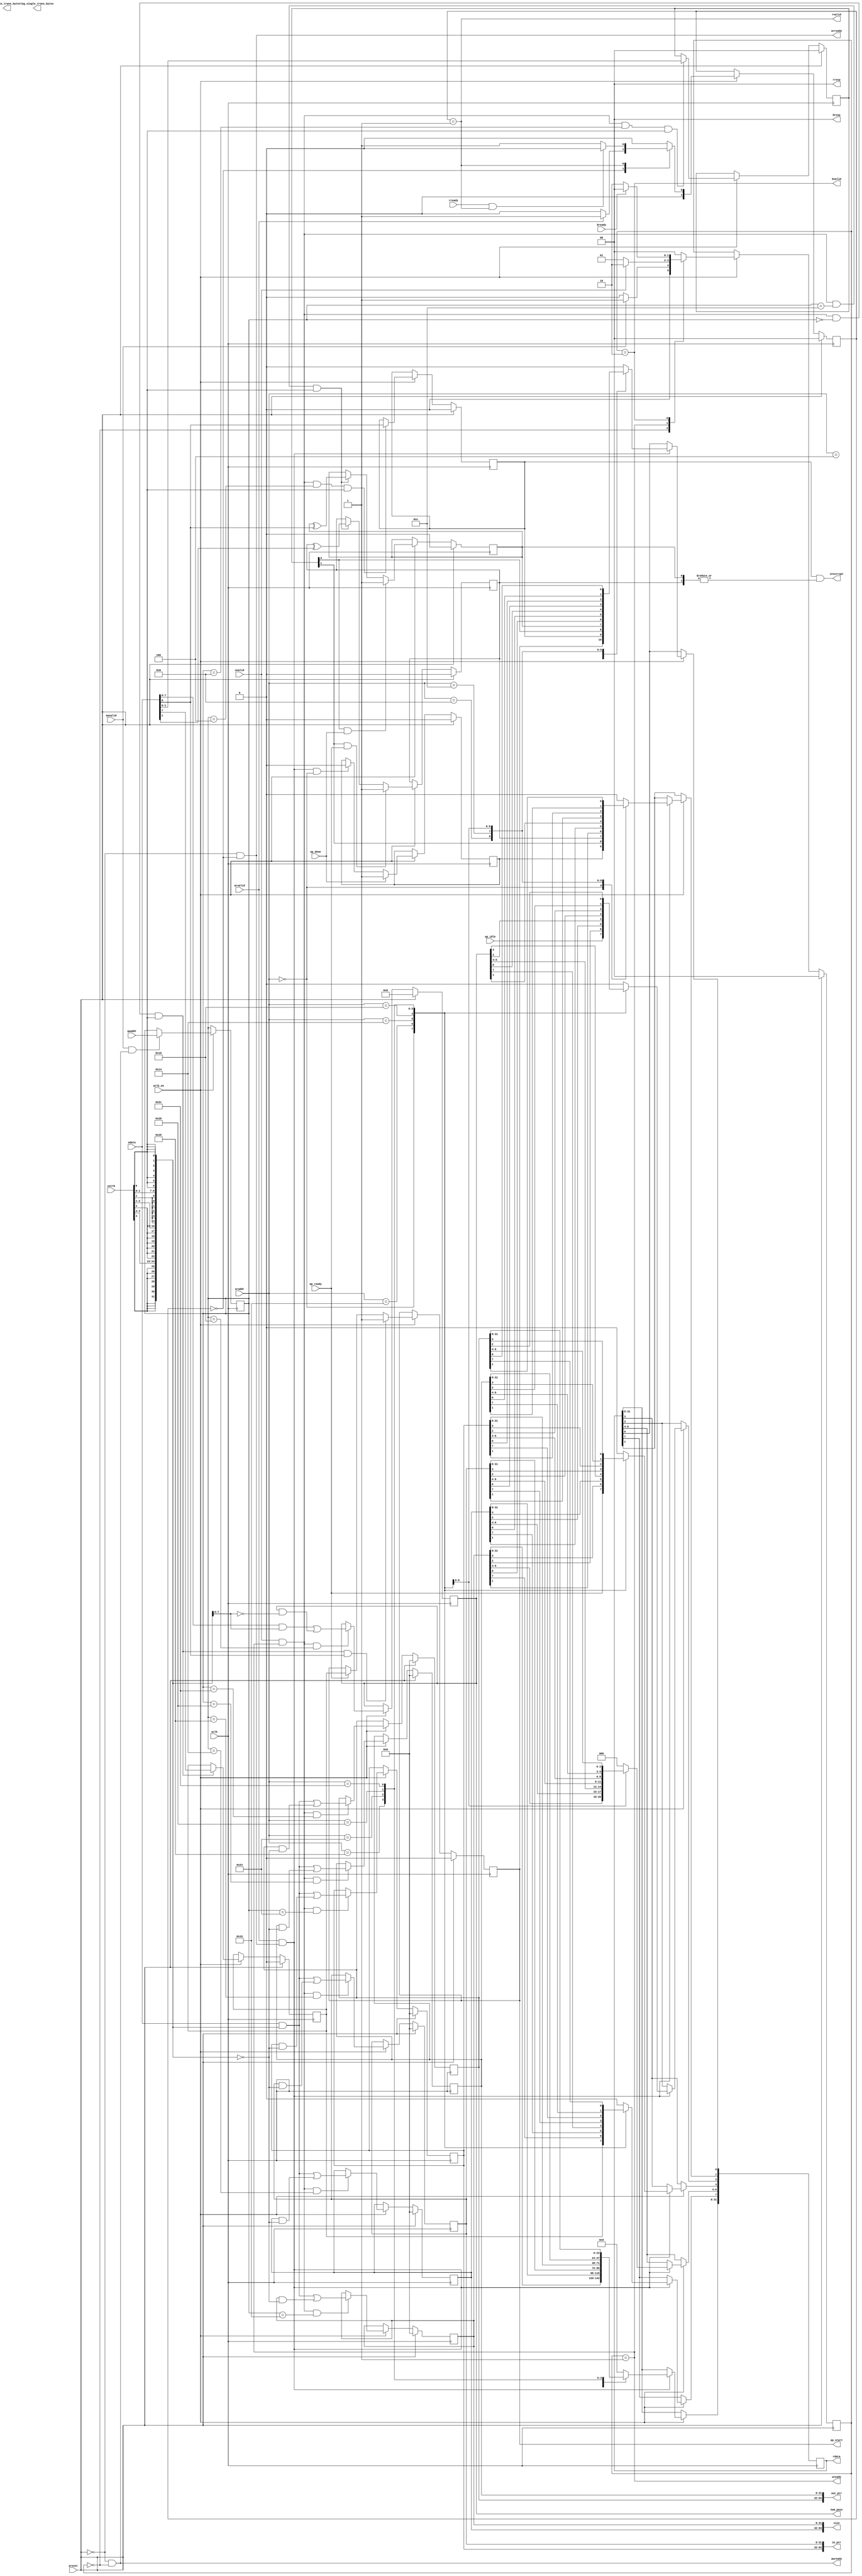
// This is a generated file. Use and modify at your own risk.
////////////////////////////////////////////////////////////////////////////////

// default_nettype of none prevents implicit wire declaration.
`default_nettype none
`timescale 1ns/1ps
module merger_tree_p8_l8_i16_control_s_axi #(
  parameter integer C_S_AXI_ADDR_WIDTH = 6,
  parameter integer C_S_AXI_DATA_WIDTH = 32
)
(
  // AXI4-Lite slave signals
  input  wire                            aclk                  ,
  input  wire                            areset                ,
  input  wire                            aclk_en               ,

  input  wire                            awvalid               ,
  output wire                            awready               ,
  input  wire [C_S_AXI_ADDR_WIDTH-1:0]   awaddr                ,
  input  wire                            wvalid                ,
  output wire                            wready                ,
  input  wire [C_S_AXI_DATA_WIDTH-1:0]   wdata                 ,
  input  wire [C_S_AXI_DATA_WIDTH/8-1:0] wstrb                 ,
  input  wire                            arvalid               ,
  output wire                            arready               ,
  input  wire [C_S_AXI_ADDR_WIDTH-1:0]   araddr                ,
  output wire                            rvalid                ,
  input  wire                            rready                ,
  output wire [C_S_AXI_DATA_WIDTH-1:0]   rdata                 ,
  output wire [2-1:0]                    rresp                 ,
  output wire                            bvalid                ,
  input  wire                            bready                ,
  output wire [2-1:0]                    bresp                 ,
  output wire                            interrupt             ,
  
  // User control signals
  output wire                            ap_start              ,
  input  wire                            ap_idle               ,
  input  wire                            ap_done               ,
  input  wire                            ap_ready              ,
  // User defined arguments
  output wire [64-1:0]             size                  ,
  output wire [8-1:0]              num_pass              ,
  output wire [64-1:0]             single_trans_bytes    ,
  output wire [32-1:0]             log_single_trans_bytes,
  output wire [64-1:0]             in_ptr                ,
  output wire [64-1:0]             out_ptr               
);

//------------------------Address Info-------------------
// 0x000 : Control signals
//         bit 0  - ap_start (Read/Write/COH)
//         bit 1  - ap_done (Read/COR)
//         bit 2  - ap_idle (Read)
//         bit 3  - ap_ready (Read)
//         bit 7  - auto_restart (Read/Write)
//         others - reserved
// 0x004 : Global Interrupt Enable Register
//         bit 0  - Global Interrupt Enable (Read/Write)
//         others - reserved
// 0x008 : IP Interrupt Enable Register (Read/Write)
//         bit 0  - Channel 0 (ap_done)
//         bit 1  - Channel 1 (ap_ready)
//         others - reserved
// 0x00c : IP Interrupt Status Register (Read/TOW)
//         bit 0  - Channel 0 (ap_done)
//         bit 1  - Channel 1 (ap_ready)
//         others - reserved
// 0x010 : Data signal of size
//         bit 31~0 - size[31:0] (Read/Write)
// 0x014 : Data signal of size
//         bit 31~0 - size[63:32] (Read/Write)
// 0x018 : Data signal of num_pass
//         bit 07~0 - num_pass[7:0] (Read/Write)
// 0x01c : reserved
// 0x020 : Data signal of in_ptr
//         bit 31~0 - in_ptr[31:0] (Read/Write)
// 0x024 : Data signal of in_ptr
//         bit 31~0 - in_ptr[63:32] (Read/Write)
// 0x028 : Data signal of out_ptr
//         bit 31~0 - out_ptr[31:0] (Read/Write)
// 0x02c : Data signal of out_ptr
//         bit 31~0 - out_ptr[63:32] (Read/Write)
// (SC = Self Clear, COR = Clear on Read, TOW = Toggle on Write, COH = Clear on Handshake)

///////////////////////////////////////////////////////////////////////////////
// Local Parameters
///////////////////////////////////////////////////////////////////////////////
localparam [C_S_AXI_ADDR_WIDTH-1:0]       LP_ADDR_AP_CTRL                = 6'h00;
localparam [C_S_AXI_ADDR_WIDTH-1:0]       LP_ADDR_GIE                    = 6'h04;
localparam [C_S_AXI_ADDR_WIDTH-1:0]       LP_ADDR_IER                    = 6'h08;
localparam [C_S_AXI_ADDR_WIDTH-1:0]       LP_ADDR_ISR                    = 6'h0c;
localparam [C_S_AXI_ADDR_WIDTH-1:0]       LP_ADDR_SIZE_0                 = 6'h10;
localparam [C_S_AXI_ADDR_WIDTH-1:0]       LP_ADDR_SIZE_1                 = 6'h14;
localparam [C_S_AXI_ADDR_WIDTH-1:0]       LP_ADDR_NUM_PASS_0             = 6'h18;
localparam [C_S_AXI_ADDR_WIDTH-1:0]       LP_ADDR_in_ptr_0               = 6'h20;
localparam [C_S_AXI_ADDR_WIDTH-1:0]       LP_ADDR_in_ptr_1               = 6'h24;
localparam [C_S_AXI_ADDR_WIDTH-1:0]       LP_ADDR_out_ptr_0              = 6'h28;
localparam [C_S_AXI_ADDR_WIDTH-1:0]       LP_ADDR_out_ptr_1              = 6'h2c;
localparam integer                  LP_SM_WIDTH                    = 2;
localparam [LP_SM_WIDTH-1:0]        SM_WRIDLE                      = 2'd0;
localparam [LP_SM_WIDTH-1:0]        SM_WRDATA                      = 2'd1;
localparam [LP_SM_WIDTH-1:0]        SM_WRRESP                      = 2'd2;
localparam [LP_SM_WIDTH-1:0]        SM_RDIDLE                      = 2'd0;
localparam [LP_SM_WIDTH-1:0]        SM_RDDATA                      = 2'd1;

///////////////////////////////////////////////////////////////////////////////
// Wires and Variables
///////////////////////////////////////////////////////////////////////////////
reg  [LP_SM_WIDTH-1:0]              wstate                         = SM_WRIDLE;
reg  [LP_SM_WIDTH-1:0]              wnext                         ;
reg  [C_S_AXI_ADDR_WIDTH-1:0]       waddr                         ;
wire [C_S_AXI_DATA_WIDTH-1:0]       wmask                         ;
wire                                aw_hs                         ;
wire                                w_hs                          ;
reg  [LP_SM_WIDTH-1:0]              rstate                         = SM_RDIDLE;
reg  [LP_SM_WIDTH-1:0]              rnext                         ;
reg  [C_S_AXI_DATA_WIDTH-1:0]       rdata_r                       ;
wire                                ar_hs                         ;
wire [C_S_AXI_ADDR_WIDTH-1:0]       raddr                         ;
// internal registers
wire                                int_ap_idle                   ;
wire                                int_ap_ready                  ;
reg                                 int_ap_done                    = 1'b0;
reg                                 int_ap_start                   = 1'b0;
reg                                 int_auto_restart               = 1'b0;
reg                                 int_gie                        = 1'b0;
reg [1:0]                           int_ier                        = 2'b0;
reg [1:0]                           int_isr                        = 2'b0;

reg  [64-1:0]                       int_size                       = 64'd0;
reg  [8-1:0]                        int_num_pass                   = 8'd0;
reg  [64-1:0]                       int_in_ptr                     = 64'd0;
reg  [64-1:0]                       int_out_ptr                    = 64'd0;

///////////////////////////////////////////////////////////////////////////////
// Begin RTL
///////////////////////////////////////////////////////////////////////////////

//------------------------AXI write fsm------------------
assign awready = (~areset) & (wstate == SM_WRIDLE);
assign wready  = (wstate == SM_WRDATA);
assign bresp   = 2'b00;  // OKAY
assign bvalid  = (wstate == SM_WRRESP);
assign wmask   = { {8{wstrb[3]}}, {8{wstrb[2]}}, {8{wstrb[1]}}, {8{wstrb[0]}} };
assign aw_hs   = awvalid & awready;
assign w_hs    = wvalid & wready;

// wstate
always @(posedge aclk) begin
  if (areset)
    wstate <= SM_WRIDLE;
  else if (aclk_en)
    wstate <= wnext;
end

// wnext
always @(*) begin
  case (wstate)
    SM_WRIDLE:
      if (awvalid)
        wnext = SM_WRDATA;
      else
        wnext = SM_WRIDLE;
    SM_WRDATA:
      if (wvalid)
        wnext = SM_WRRESP;
      else
        wnext = SM_WRDATA;
    SM_WRRESP:
      if (bready)
        wnext = SM_WRIDLE;
      else
        wnext = SM_WRRESP;
    default:
      wnext = SM_WRIDLE;
  endcase
end

// waddr
always @(posedge aclk) begin
  if (aclk_en) begin
    if (aw_hs)
      waddr <= awaddr;
  end
end

//------------------------AXI read fsm-------------------
assign arready = (~areset) & (rstate == SM_RDIDLE);
assign rdata   = rdata_r;
assign rresp   = 2'b00;  // OKAY
assign rvalid  = (rstate == SM_RDDATA);
assign ar_hs   = arvalid & arready;
assign raddr   = araddr;

// rstate
always @(posedge aclk) begin
  if (areset)
    rstate <= SM_RDIDLE;
  else if (aclk_en)
    rstate <= rnext;
end

// rnext
always @(*) begin
  case (rstate)
    SM_RDIDLE:
      if (arvalid)
        rnext = SM_RDDATA;
      else
        rnext = SM_RDIDLE;
    SM_RDDATA:
      if (rready & rvalid)
        rnext = SM_RDIDLE;
      else
        rnext = SM_RDDATA;
    default:
      rnext = SM_RDIDLE;
  endcase
end

// rdata_r
always @(posedge aclk) begin
  if (aclk_en) begin
    if (ar_hs) begin
      rdata_r <= {C_S_AXI_DATA_WIDTH{1'b0}};
      case (raddr)
        LP_ADDR_AP_CTRL: begin
          rdata_r[0] <= int_ap_start;
          rdata_r[1] <= int_ap_done;
          rdata_r[2] <= int_ap_idle;
          rdata_r[3] <= int_ap_ready;
          rdata_r[7] <= int_auto_restart;
        end
        LP_ADDR_GIE: begin
          rdata_r <= int_gie;
        end
        LP_ADDR_IER: begin
          rdata_r <= int_ier;
        end
        LP_ADDR_ISR: begin
          rdata_r <= int_isr;
        end
        LP_ADDR_SIZE_0: begin
          rdata_r <= int_size[0+:32];
        end
        LP_ADDR_SIZE_1: begin
          rdata_r <= int_size[32+:32];
        end
        LP_ADDR_NUM_PASS_0: begin
          rdata_r <= {24'b0, int_num_pass[0+:8]};
        end
        LP_ADDR_in_ptr_0: begin
          rdata_r <= int_in_ptr[0+:32];
        end
        LP_ADDR_in_ptr_1: begin
          rdata_r <= int_in_ptr[32+:32];
        end
        LP_ADDR_out_ptr_0: begin
          rdata_r <= int_out_ptr[0+:32];
        end
        LP_ADDR_out_ptr_1: begin
          rdata_r <= int_out_ptr[32+:32];
        end

        default: begin
          rdata_r <= {C_S_AXI_DATA_WIDTH{1'b0}};
        end
      endcase
    end
  end
end

//------------------------Register logic-----------------
assign interrupt    = int_gie & (|int_isr);
assign ap_start     = int_ap_start;
assign int_ap_idle  = ap_idle;
assign int_ap_ready = ap_ready;
assign size = int_size;
assign num_pass = int_num_pass;
assign in_ptr = int_in_ptr;
assign out_ptr = int_out_ptr;

// int_ap_start
always @(posedge aclk) begin
  if (areset)
    int_ap_start <= 1'b0;
  else if (aclk_en) begin
    if (w_hs && waddr == LP_ADDR_AP_CTRL && wstrb[0] && wdata[0])
      int_ap_start <= 1'b1;
    else if (int_ap_ready)
      int_ap_start <= int_auto_restart; // clear on handshake/auto restart
  end
end

// int_ap_done
always @(posedge aclk) begin
  if (areset)
    int_ap_done <= 1'b0;
  else if (aclk_en) begin
    if (ap_done)
      int_ap_done <= 1'b1;
    else if (ar_hs && raddr == LP_ADDR_AP_CTRL)
      int_ap_done <= 1'b0; // clear on read
  end
end

// int_auto_restart
always @(posedge aclk) begin
    if (areset)
        int_auto_restart <= 1'b0;
    else if (aclk_en) begin
        if (w_hs && waddr == LP_ADDR_AP_CTRL && wstrb[0])
            int_auto_restart <=  wdata[7];
    end
end

// int_gie
always @(posedge aclk) begin
  if (areset)
    int_gie     <= 1'b0;
  else if (aclk_en) begin
    if (w_hs && waddr == LP_ADDR_GIE && wstrb[0])
      int_gie <= wdata[0];
  end
end

// int_ier
always @(posedge aclk) begin
  if (areset)
    int_ier     <= 2'b0;
  else if (aclk_en) begin
    if (w_hs && waddr == LP_ADDR_IER && wstrb[0])
      int_ier <= wdata[1:0];
  end
end

// int_isr[0]
always @(posedge aclk) begin
  if (areset)
    int_isr[0]     <= 1'b0;
  else if (aclk_en) begin
    if (int_ier[0] & ap_done)
      int_isr[0] <= 1'b1;
    else if (w_hs && waddr == LP_ADDR_ISR && wstrb[0])
      int_isr[0] <= int_isr[0] ^ wdata[0]; // toggle on write
  end
end

// int_isr[1]
always @(posedge aclk) begin
  if (areset)
    int_isr[1]     <= 1'b0;
  else if (aclk_en) begin
    if (int_ier[1] & ap_ready)
      int_isr[1] <= 1'b1;
    else if (w_hs && waddr == LP_ADDR_ISR && wstrb[0])
      int_isr[1] <= int_isr[1] ^ wdata[1]; // toggle on write
  end
end


// int_size[32-1:0]
always @(posedge aclk) begin
  if (areset)
    int_size[0+:32] <= 32'd0;
  else if (aclk_en) begin
    if (w_hs && waddr == LP_ADDR_SIZE_0)
      int_size[0+:32] <= (wdata[0+:32] & wmask[0+:32]) | (int_size[0+:32] & ~wmask[0+:32]);
  end
end

// int_size[32-1:0]
always @(posedge aclk) begin
  if (areset)
    int_size[32+:32] <= 32'd0;
  else if (aclk_en) begin
    if (w_hs && waddr == LP_ADDR_SIZE_1)
      int_size[32+:32] <= (wdata[0+:32] & wmask[0+:32]) | (int_size[32+:32] & ~wmask[0+:32]);
  end
end

// int_num_pass[8-1:0]
always @(posedge aclk) begin
  if (areset)
    int_num_pass[0+:8] <= 8'd0;
  else if (aclk_en) begin
    if (w_hs && waddr == LP_ADDR_NUM_PASS_0)
      int_num_pass[0+:8] <= (wdata[0+:8] & wmask[0+:8]) | (int_num_pass[0+:8] & ~wmask[0+:8]);
  end
end

// int_in_ptr[32-1:0]
always @(posedge aclk) begin
  if (areset)
    int_in_ptr[0+:32] <= 32'd0;
  else if (aclk_en) begin
    if (w_hs && waddr == LP_ADDR_in_ptr_0)
      int_in_ptr[0+:32] <= (wdata[0+:32] & wmask[0+:32]) | (int_in_ptr[0+:32] & ~wmask[0+:32]);
  end
end

// int_in_ptr[32-1:0]
always @(posedge aclk) begin
  if (areset)
    int_in_ptr[32+:32] <= 32'd0;
  else if (aclk_en) begin
    if (w_hs && waddr == LP_ADDR_in_ptr_1)
      int_in_ptr[32+:32] <= (wdata[0+:32] & wmask[0+:32]) | (int_in_ptr[32+:32] & ~wmask[0+:32]);
  end
end

// int_out_ptr[32-1:0]
always @(posedge aclk) begin
  if (areset)
    int_out_ptr[0+:32] <= 32'd0;
  else if (aclk_en) begin
    if (w_hs && waddr == LP_ADDR_out_ptr_0)
      int_out_ptr[0+:32] <= (wdata[0+:32] & wmask[0+:32]) | (int_out_ptr[0+:32] & ~wmask[0+:32]);
  end
end

// int_out_ptr[32-1:0]
always @(posedge aclk) begin
  if (areset)
    int_out_ptr[32+:32] <= 32'd0;
  else if (aclk_en) begin
    if (w_hs && waddr == LP_ADDR_out_ptr_1)
      int_out_ptr[32+:32] <= (wdata[0+:32] & wmask[0+:32]) | (int_out_ptr[32+:32] & ~wmask[0+:32]);
  end
end


endmodule

`default_nettype wire